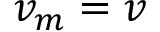
v _ { m } = v